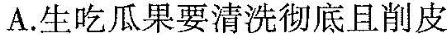
A.生吃瓜果要清洗彻底且削皮